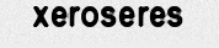
xeroseres